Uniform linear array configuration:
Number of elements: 32
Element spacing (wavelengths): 1
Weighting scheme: hann
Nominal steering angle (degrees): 0
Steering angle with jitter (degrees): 0.1721
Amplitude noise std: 0.05
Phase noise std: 0.05

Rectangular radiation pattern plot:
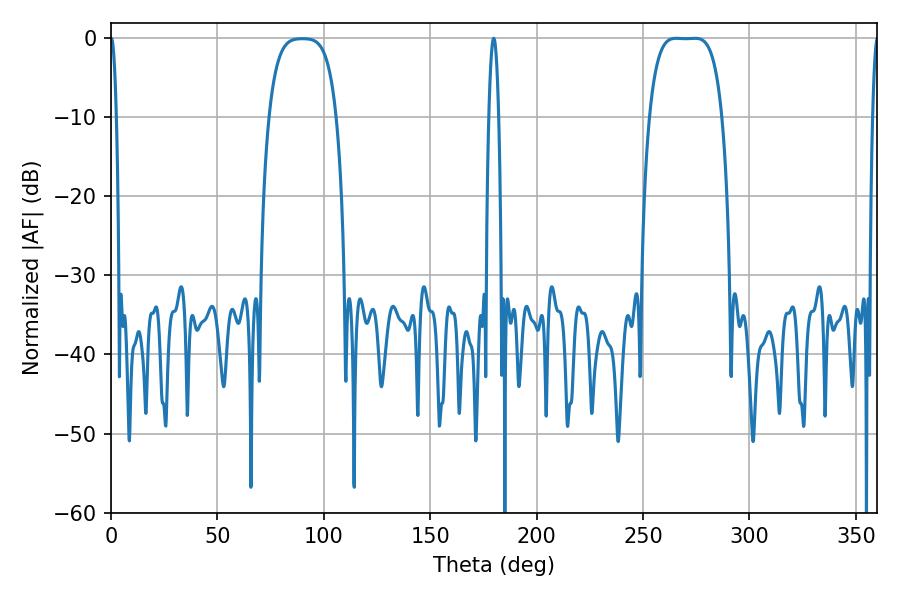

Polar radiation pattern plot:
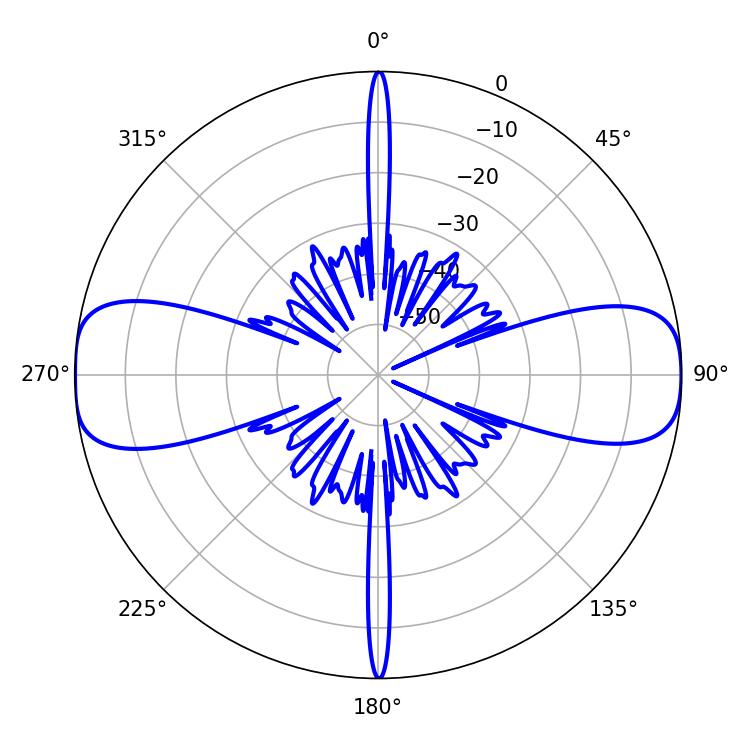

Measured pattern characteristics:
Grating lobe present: TRUE
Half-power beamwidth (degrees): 26.28
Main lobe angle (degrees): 265.5